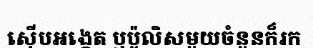
ស៊ើបអង្កេត ឬប៉ូលិសមួយចំនួនក៏រក